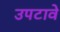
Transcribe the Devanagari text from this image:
उपटावे